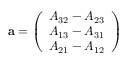
\mathbf { a } = { \left( \begin{array} { l } { A _ { 3 2 } - A _ { 2 3 } } \\ { A _ { 1 3 } - A _ { 3 1 } } \\ { A _ { 2 1 } - A _ { 1 2 } } \end{array} \right) }